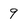
Character: 9